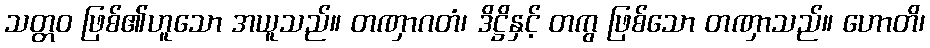
သတ္တဝ ဖြစ်၏ဟူသော အယူသည်။ တဏှာဂတံ၊ ဒိဋ္ဌိနှင့် တကွ ဖြစ်သော တဏှာသည်။ ဟောတိ၊